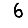
Digit: 6